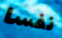
نفسا